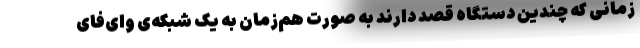
زمانی که چندین دستگاه قصد دارند به صورت هم‌زمان به یک شبکه‌ی وای‌فای